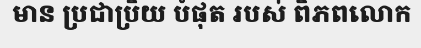
មាន ប្រជាប្រិយ បំផុត របស់ ពិភពលោក